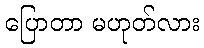
ပြောတာ မဟုတ်လား